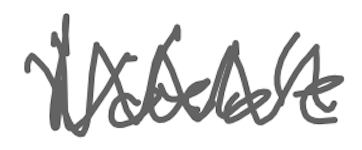
Text: Notable
Cross-out: zig-zag
Writing tool: digital_gray